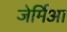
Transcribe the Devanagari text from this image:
जेर्मिआ